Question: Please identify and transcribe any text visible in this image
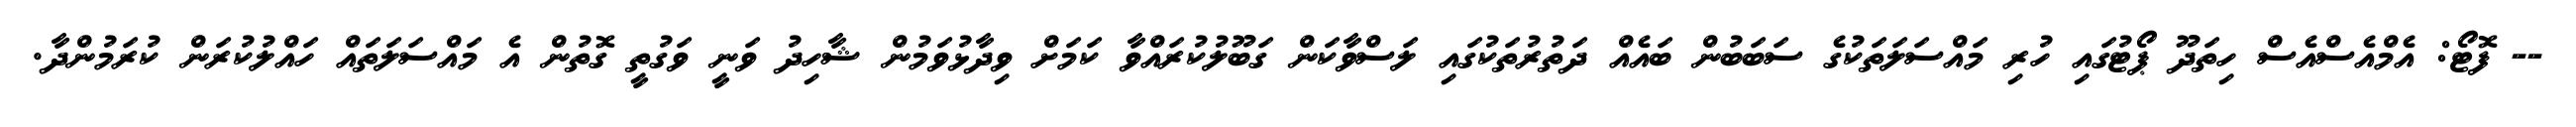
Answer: -- ފޮޓޯ: އެމްއެސްއެސް ހިތަދޫ ޕޯޓުގައި ހުރި މައްސަލަތަކުގެ ސަބަބުން ބައެއް ދަތުރުތަކުގައި ލަސްވާކަން ގަބޫލުކުރައްވާ ކަމަށް ވިދާޅުވަމުން ޝާހިދު ވަނީ ވަގުތީ ގޮތުން އެ މައްސަލަތައް ހައްލުކުރަން ކުރަމުންދާ.